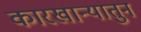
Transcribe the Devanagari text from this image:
कारखान्यातुन